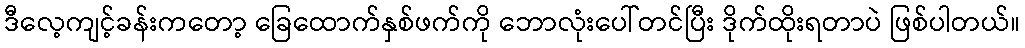
ဒီလေ့ကျင့်ခန်းကတော့ ခြေထောက်နှစ်ဖက်ကို ဘောလုံးပေါ်တင်ပြီး ဒိုက်ထိုးရတာပဲ ဖြစ်ပါတယ်။